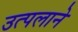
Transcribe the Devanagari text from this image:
उत्पलाने